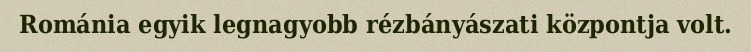
Románia egyik legnagyobb rézbányászati központja volt.